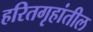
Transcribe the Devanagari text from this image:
हरितगृहांतील